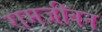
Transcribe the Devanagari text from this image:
रामजीवन